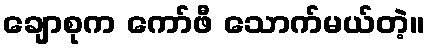
ချောစုက ကော်ဖီ သောက်မယ်တဲ့။